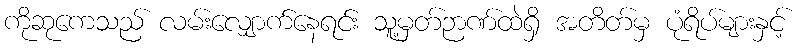
ကိုဆုကေသည် လမ်းလျှောက်နေရင်း သူ့မှတ်ဉာဏ်ထဲရှိ အတိတ်မှ ပုံရိပ်များနှင့်